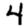
Digit: 4